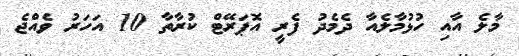
މާލެ އާއި ހުޅުމާލެއާ ދެމެދު ފެރީ އޮޕަރޭޓް ކުރާތާ 10 އަހަރު ވެއްޖެ